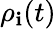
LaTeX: \rho_{\mathbf{i}}(t)